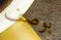
بوصف